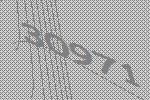
30971